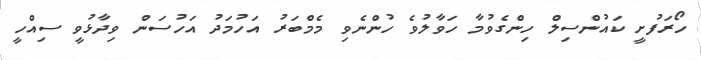
ހޯރަފުށީ ކައުންސިލް ހިންގެވުމާ ހަވާލުވެ ހުންނެވި މެމްބަރު އަހުމަދު އަހުސަން ވިދާޅުވީ ސިއްހީ